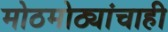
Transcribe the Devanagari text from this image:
मोठमोठ्यांचाही